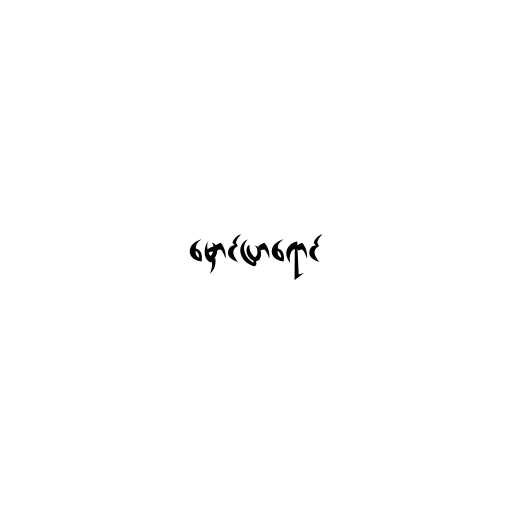
မှောင်ပြာရောင်